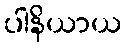
ပါနိယာယ